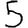
Digit: 5